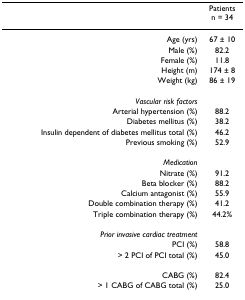
|  | Patientsn = 34 |
 | --- | --- |
 | Age (yrs) | 67 ± 10 |
 | Male (%) | 82.2 |
 | Female (%) | 11.8 |
 | Height (m) | 174 ± 8 |
 | Weight (kg) | 86 ± 19 |
 | Vascular risk factors |  |
 | Arterial hypertension (%) | 88.2 |
 | Diabetes mellitus (%) | 38.2 |
 | Insulin dependent of diabetes mellitus total (%) | 46.2 |
 | Previous smoking (%) | 52.9 |
 | Medication |  |
 | Nitrate (%) | 91.2 |
 | Beta blocker (%) | 88.2 |
 | Calcium antagonist (%) | 55.9 |
 | Double combination therapy (%) | 41.2 |
 | Triple combination therapy (%) | 44.2% |
 | Prior invasive cardiac treatment |  |
 | PCI (%) | 58.8 |
 | > 2 PCI of PCI total (%) | 45.0 |
 | CABG (%) | 82.4 |
 | > 1 CABG of CABG total (%) | 25.0 |